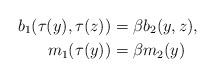
LaTeX: \begin{align*} b_1(\tau(y),\tau(z))&=\beta b_2(y,z),\\ m_1(\tau(y))&=\beta m_2(y) \end{align*}